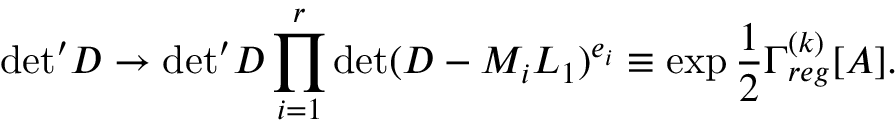
{ \operatorname * { d e t } } ^ { \prime } D \to { \operatorname * { d e t } } ^ { \prime } D \prod _ { i = 1 } ^ { r } \operatorname * { d e t } ( D - M _ { i } L _ { 1 } ) ^ { e _ { i } } \equiv \exp \frac { 1 } { 2 } \Gamma _ { r e g } ^ { ( k ) } [ A ] .